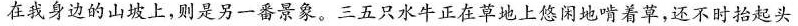
在我身边的山坡上，则是另一番景象。三五只水牛正在草地上悠闲地啃着草，还不时抬起头